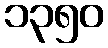
၁၃၅၀